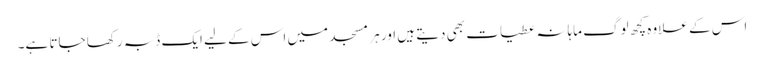
اس کے علاوہ کچھ لوگ ماہانہ عطیات بھی دیتے ہیں اور ہر مسجد میں اس کے لیے ایک ڈبہ رکھا جاتا ہے۔